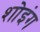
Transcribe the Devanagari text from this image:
शोइंग